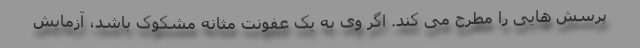
پرسش هایی را مطرح می کند. اگر وی به یک عفونت مثانه مشکوک باشد، آزمایش